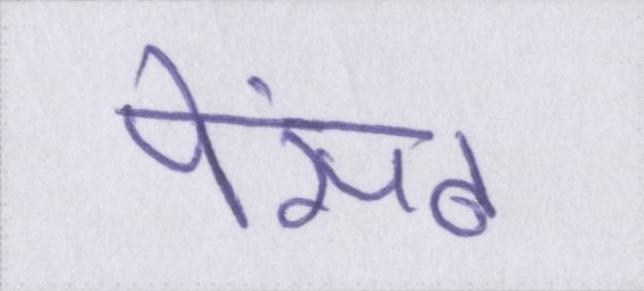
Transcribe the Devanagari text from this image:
पेंसठ